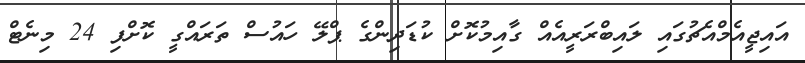
އައިޖީއެމްއެޗުގައި ލައިބްރަރީއެއް ގާއިމުކޮށް ކުޑަދިންގެ ޕްލޭ ހައުސް ތަރައްގީ ކޮށްފި 24 މިނެޓް